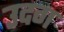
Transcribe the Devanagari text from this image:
उदग